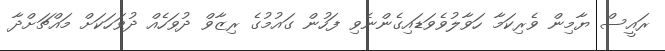
ރައީސް ޔާމިން ވެރިކަމާ ހަވާލުވެވަޑައިގެންނެވި ފަހުން ގައުމުގެ ރިޒާވް ދުވަހެއް ދުވަހަކަށް މައްޗަށްދާ